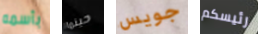
بأسمه حينما جويس رئيسكم